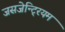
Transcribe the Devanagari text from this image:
जसजेन्टि्रयम